Vaccination Hyderabad 1872-1889 - 1872-1889
Year: 1872
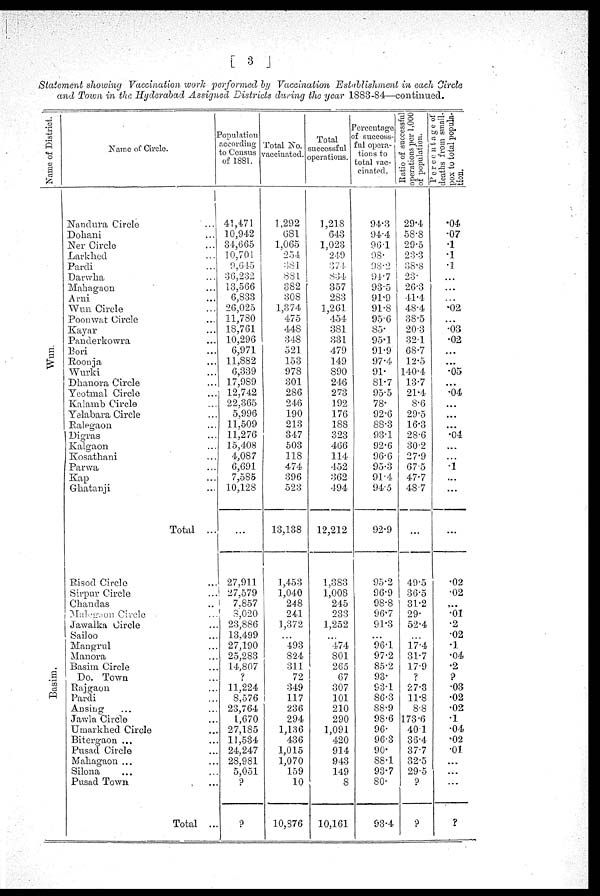
[ 3 ]
Statement showing Vaccination work performed by Vaccination Establishment in each Circle
and Town in the Hyderabad Assigned Districts during the year 1883-84—continued.
Name of District.
Wun.
Basim.
Name of Circle.
Nandura Circle ...
Dohani ...
Ner Circle ...
Larkhed ...
Pardi ...
Darwha ...
Mahagaon ...
Arni ...
Wun Circle ...
Poonwat Circle ...
Kayar ...
Panderkowra ...
Bori ...
Roonja ...
Wurki ...
Dhanora Circle ...
Yeotmal Circle ...
Kalamb Circle ...
Yelabara Circle ...
Ralegaon ...
Digras ...
Kalgaon ...
Kosathani ...
Parwa ...
Kap ...
Ghatanji ...
Total ...
Risod Circle ...
Sirpur Circle ...
Chandas ...
Malegaon Circle ...
Jawalka Circle ...
Sailoo ...
Mangrul ...
Manora ...
Basim Circle ...
Do. Town ...
Rajgaon ...
Pardi ...
Ansing ... ...
Jawla Circle ...
Umarkhed Circle ...
Bitergaon ... ...
Pusad Circle ...
Mahagaon ... ...
Silona ... ...
Pusad Town ...
Total ...
Population
according
to Census
of 1881.
41,471
10,942
34,665
10,701
9,645
36,232
13,566
6,833
26,025
11,780
18,761
10,296
6,971
11,882
6,339
17,989
12,742
22,365
5,996
11,509
11,276
15,408
4,087
6,691
7,585
10,128
...
27,911
27,579
7,857
8,020
23,886
13,499
27,190
25,283
14,807
?
11,224
8,576
23,764
1,670
27,185
11,534
24,247
28,981
5,051
?
?
Total No.
vaccinated.
1,292
681
1,065
254
381
881
382
308
1,374
475
448
348
521
153
978
301
286
246
190
213
347
503
118
474
396
523
13,138
1,453
1,040
248
241
1,372
...
493
824
311
72
349
117
236
294
1,136
436
1,015
1,070
159
10
10,876
Total
successful
operations.
1,218
643
1,023
249
374
834
357
283
1,261
454
381
331
479
149
890
246
273
192
176
188
323
466
114
452
362
494
12,212
1,383
1,008
245
233
1,252
...
474
801
265
67
307
101
210
290
1,091
420
914
943
149
8
10,161
Percentage
of success-
--- opera-
tions to
total vac-
cinated.
94.3
94.4
96.1
98.
98.2
94.7
93.5
91.9
91.8
95.6
85.
95.1
91.9
97.4
91.
81.7
95.5
78.
92.6
88.3
93.1
92.6
96.6
95.3
91.4
94.5
92.9
95.2
96.9
98.8
96.7
91.3
...
96.1
97.2
85.2
93.
93.1
86.3
88.9
98.6
96.
96.3
90.
88.1
93.7
80.
93.4
Ratio of successful
operations per 1,000
of population.
29.4
58.8
29.5
23.3
38.8
23.
26.3
41.4
48.4
38.5
20.3
32.1
68.7
12.5
140.4
13.7
21.4
8.6
29.5
16.3
28.6
30.2
27.9
67.5
47.7
48.7
...
49.5
36.5
31.2
29.
52.4
...
17.4
31.7
17.9
?
27.3
11.8
8.8
173.6
40.1
36.4
37.7
32.5
29.5
?
?
Percentage of
deaths from small¬
pox to total popula-
tion.
.04
.07
.1
.1
.1
...
...
...
.02
...
.03
.02
...
...
.05
...
.04
...
...
...
.04
...
...
.1
...
...
...
.02
.02
...
.01
.2
.02
.1
.04
.2
?
.03
.02
.02
.1
.04
.02
.01
...
...
...
?